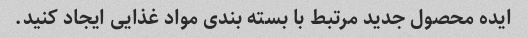
ایده محصول جدید مرتبط با بسته بندی مواد غذایی ایجاد کنید.